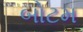
બોટમ